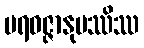
ပရဝဇ္ဇာနုပဿိဿ